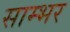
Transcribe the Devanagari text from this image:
साम्‍भर